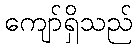
ကျော်ရှိသည်